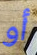
أو